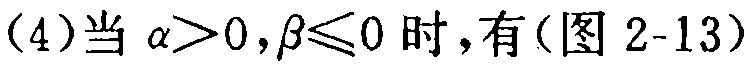
（4）当 $\alpha>0,\beta\leqslant0$ 时，有(图 2-13)